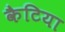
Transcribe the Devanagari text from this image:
कैटिया